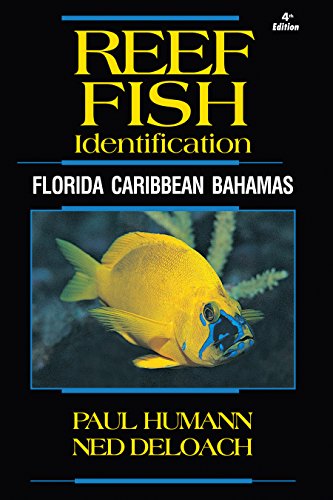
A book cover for Reef Fish Identification - Florida Caribbean Bahamas - 4th Edition (Reef Set); Paul Humann; Science & Math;